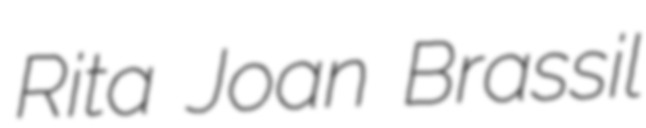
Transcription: Rita Joan Brassil